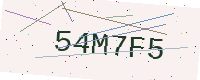
Text: 54M7F5